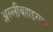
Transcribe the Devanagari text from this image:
अल्लीबहाद्दराचा